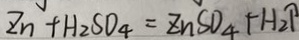
Z n + H _ { 2 } S O _ { 4 } = Z n S O _ { 4 } + H _ { 2 } \uparrow